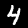
Digit: 4